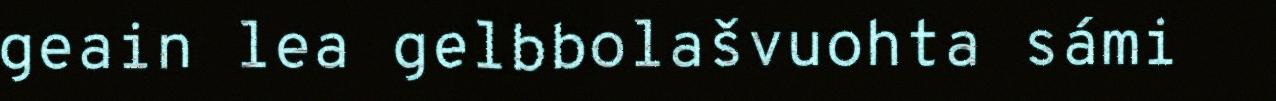
geain lea gelbbolašvuohta sámi